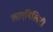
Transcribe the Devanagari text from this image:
लाएबिलिटी